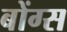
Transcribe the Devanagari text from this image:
बोंग्स